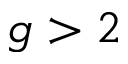
{ g > 2 }